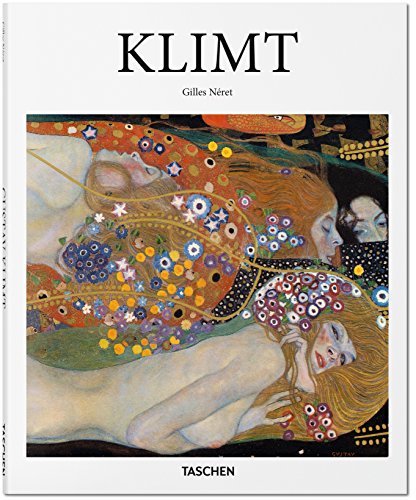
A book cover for Klimt; Gilles NÃ©ret; Humor & Entertainment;